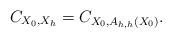
LaTeX: \begin{align*}C_{X_{0}, X_{h}}=C_{X_{0},A_{h,h} \left(X_{0} \right)}.\end{align*}